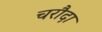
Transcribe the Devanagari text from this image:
चरौदा